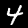
Label: 4